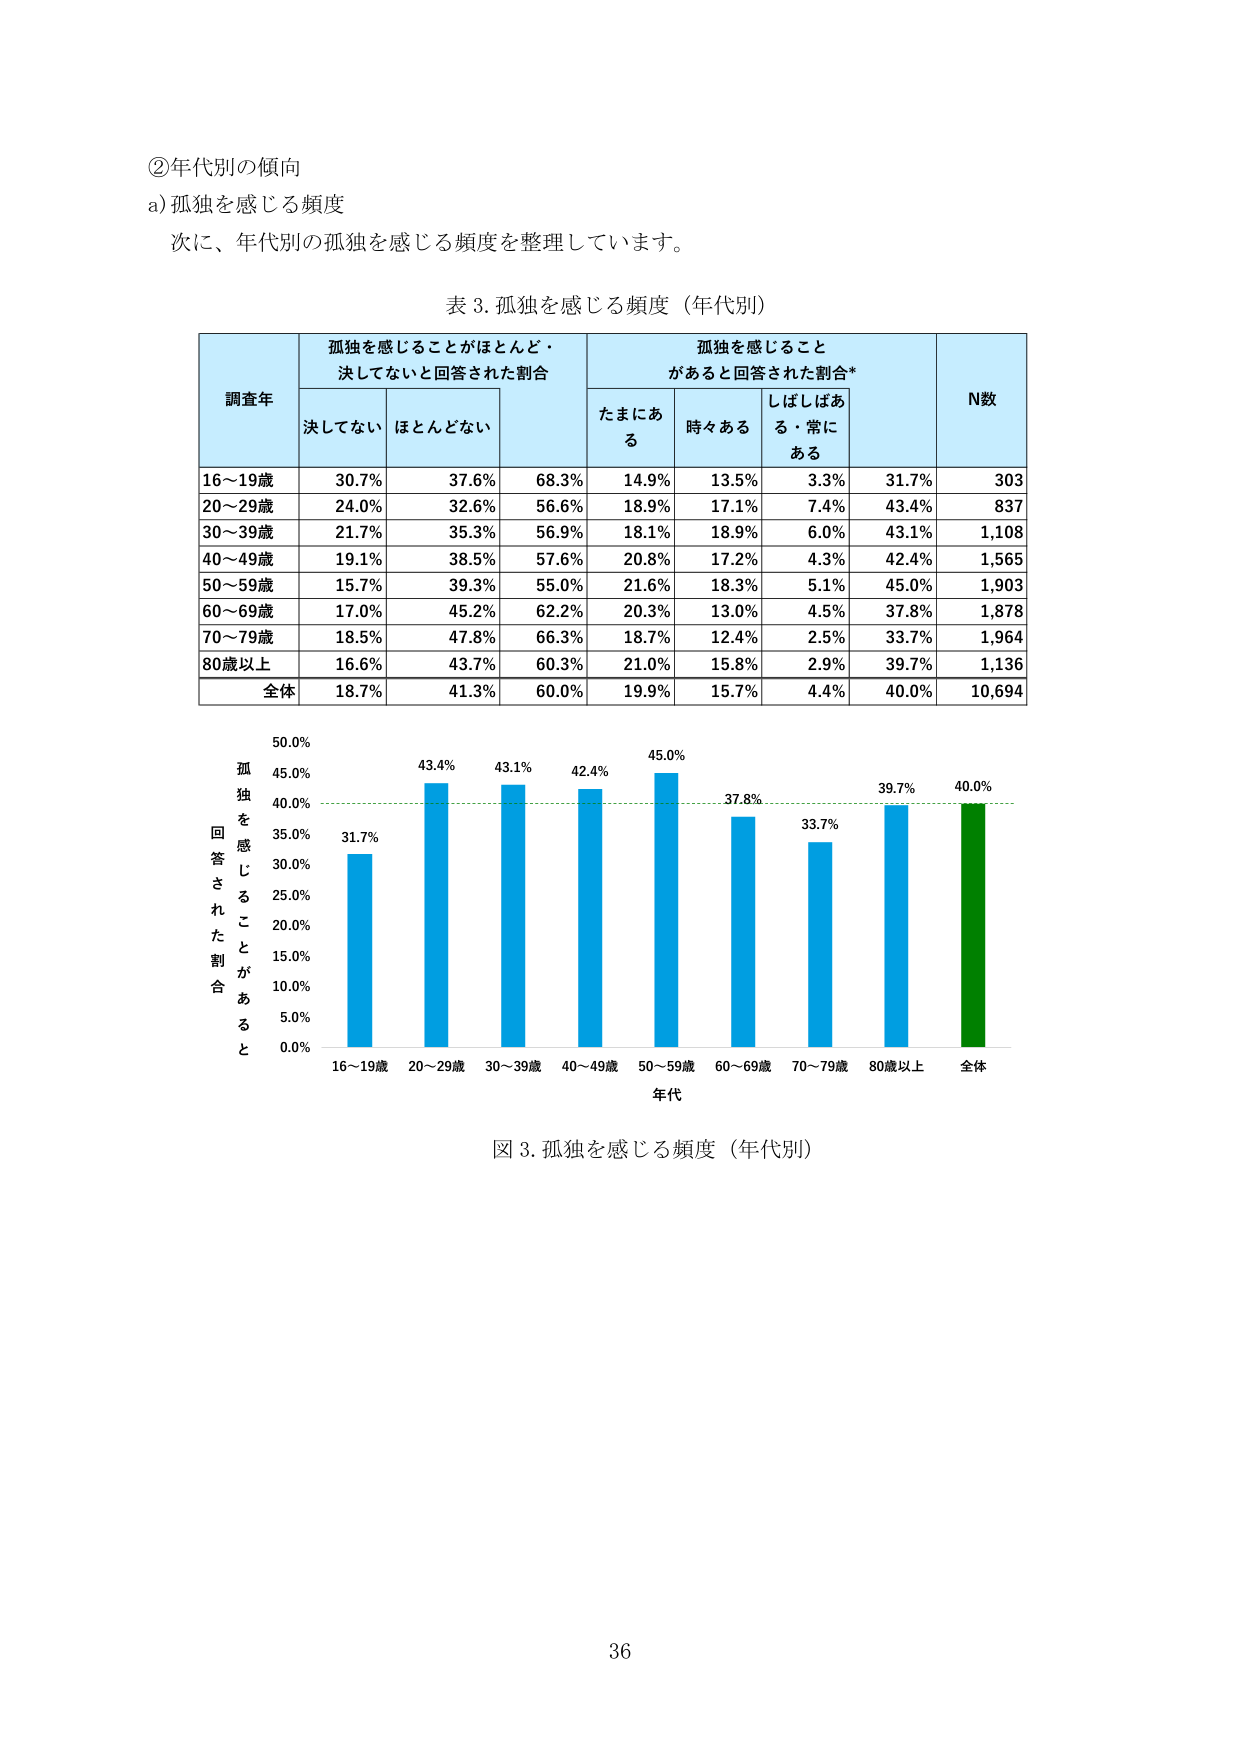
②年代別の傾向
a) 孤独を感じる頻度
次に、年代別の孤独を感じる頻度を整理しています。

表 3. 孤独を感じる頻度（年代別）

調査年 | 孤独を感じることがほとんど・決してないと回答された割合 | 孤独を感じることがあると回答された割合* | N数
--- | --- | --- | ---
 | 決してない | ほとんどない | たまにある | 時々ある | しばしばある・常にあ る |
16～19歳 | 30.7% | 37.6% | 68.3% | 14.9% | 13.5% | 3.3% | 31.7% | 303
20～29歳 | 24.0% | 32.6% | 56.6% | 18.9% | 17.1% | 7.4% | 43.4% | 837
30～39歳 | 21.7% | 35.3% | 56.9% | 18.1% | 18.9% | 6.0% | 43.1% | 1,108
40～49歳 | 19.1% | 38.5% | 57.6% | 20.8% | 17.2% | 4.3% | 42.4% | 1,565
50～59歳 | 15.7% | 39.3% | 55.0% | 21.6% | 18.3% | 5.1% | 45.0% | 1,903
60～69歳 | 17.0% | 45.2% | 62.2% | 20.3% | 13.0% | 4.5% | 37.8% | 1,878
70～79歳 | 18.5% | 47.8% | 66.3% | 18.7% | 12.4% | 2.5% | 33.7% | 1,964
80歳以上 | 16.6% | 43.7% | 60.3% | 21.0% | 15.8% | 2.9% | 39.7% | 1,136
全体 | 18.7% | 41.3% | 60.0% | 19.9% | 15.7% | 4.4% | 40.0% | 10,694

図 3. 孤独を感じる頻度（年代別）

孤独を感 じるこ とが あると 回答された割合
50.0%
45.0%
40.0%
35.0%
30.0%
25.0%
20.0%
15.0%
10.0%
5.0%
0.0%

16～19歳  20～29歳  30～39歳  40～49歳  50～59歳  60～69歳  70～79歳  80歳以上  全体
31.7%  43.4%  43.1%  42.4%  45.0%  37.8%  33.7%  39.7%  40.0%

年代

36